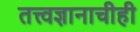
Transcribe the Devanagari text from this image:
तत्त्वज्ञानाचीही